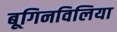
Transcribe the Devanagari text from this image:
बूगिनविलिया